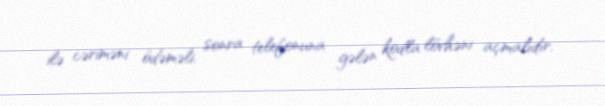
ilə cəriməni ödəməli, sonra telefonuna gələn kodla lövhəni açmalıdır.